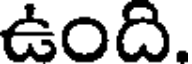
ఉంది.